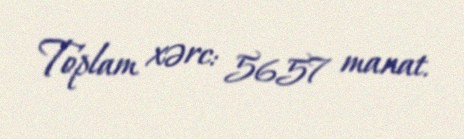
Toplam xərc: 5657 manat.